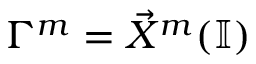
\Gamma ^ { m } = \vec { X } ^ { m } ( \mathbb { I } )